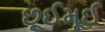
છૂઈમૂઈ